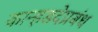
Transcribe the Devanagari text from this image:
कान्हडदेप्रबंध